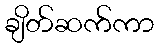
ချိတ်ဆက်ကာ